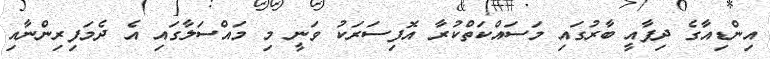
އިންޑިއާގެ ދިފާއީ ބާރުގައި މަސައްކަތްކުރާ އޮފިސަރަކު ވަނީ މި މައްސަލާގައި އެ ދެމަފިރިންނާއި